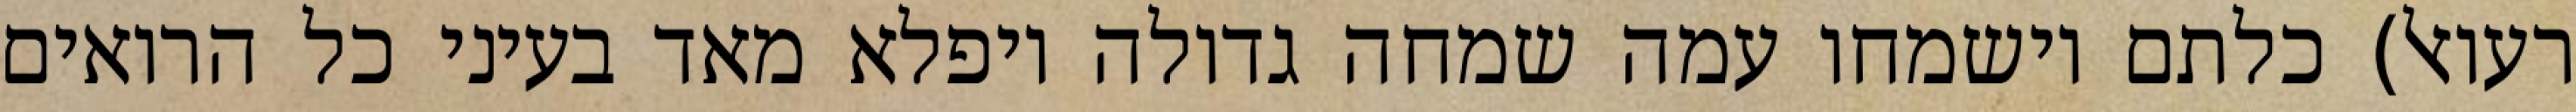
רעואל) כלתם וישמחו עמה שמחה גדולה ויפלא מאד בעיני כל הרואים